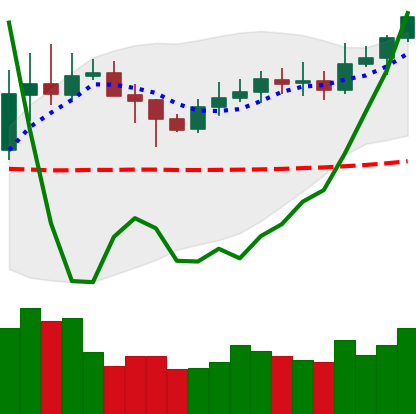
Ticker: XLM-USD
Chart end date: 2020-02-05
Forward return: 3.087%
Label: up_3_5